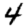
Digit: 4